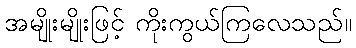
အမျိုးမျိုးဖြင့် ကိုးကွယ်ကြလေသည်။